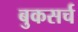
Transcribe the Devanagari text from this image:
बुकसर्च